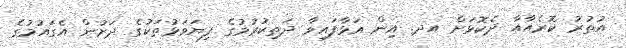
އުތުރު ކޮރެއާއާ ދެކޮޅަށް އދ. އިން އަޅާފައިވާ ދަތިކުރުމުގެ ފިޔަވަޅުތަކުގެ ދަށުން އެގައުމުގެ